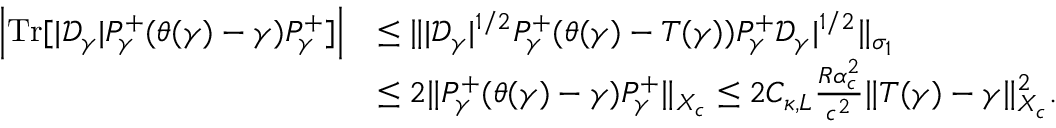
\begin{array} { r l } { \left| { \mathrm { T r } } [ | \mathcal D _ { \gamma } | P _ { \gamma } ^ { + } ( \theta ( \gamma ) - \gamma ) P _ { \gamma } ^ { + } ] \right| } & { \leq \| | \mathcal D _ { \gamma } | ^ { 1 / 2 } P _ { \gamma } ^ { + } ( \theta ( \gamma ) - T ( \gamma ) ) P _ { \gamma } ^ { + } \mathcal D _ { \gamma } | ^ { 1 / 2 } \| _ { \sigma _ { 1 } } } \\ & { \leq 2 \| P _ { \gamma } ^ { + } ( \theta ( \gamma ) - \gamma ) P _ { \gamma } ^ { + } \| _ { X _ { c } } \leq 2 C _ { \kappa , L } \frac { R \alpha _ { c } ^ { 2 } } { c ^ { 2 } } \| T ( \gamma ) - \gamma \| _ { X _ { c } } ^ { 2 } . } \end{array}